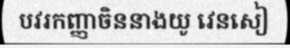
បវរកញ្ញាចិននាងយូ វេនសៀ